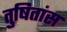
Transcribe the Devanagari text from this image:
तुषितांस